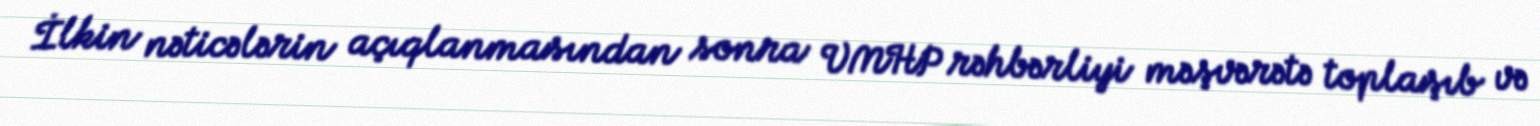
İlkin nəticələrin açıqlanmasından sonra VMHP rəhbərliyi məşvərətə toplaşıb və